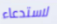
لاستدعاء